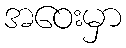
အဝေးမှာ